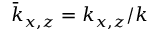
{ \bar { k } } _ { x , z } = k _ { x , z } / k